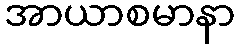
အာယာစမာနာ